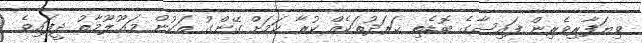
ވިޔަފާރިވެރިން ފައިސާގެ ބޮޑެތި ޚަރަދުތަކެއް ކުރާ ކަމަށް ގޭންގު ތަކުން މަޢޫލޫމާތު ދީފައިވެ